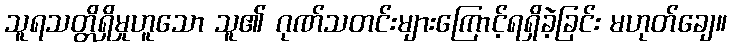
သူရသတ္တိရှိမှုဟူသော သူ၏ ဂုဏ်သတင်းများကြောင့်ရရှိခဲ့ခြင်း မဟုတ်ချေ။